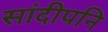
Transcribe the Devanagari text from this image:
सांदीपनि